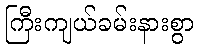
ကြီးကျယ်ခမ်းနားစွာ